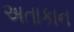
અતાકાન